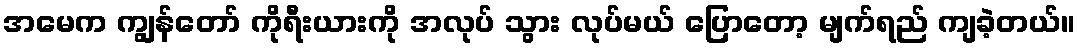
အမေက ကျွန်တော် ကိုရီးယားကို အလုပ် သွား လုပ်မယ် ပြောတော့ မျက်ရည် ကျခဲ့တယ်။